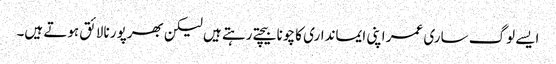
ایسے لوگ ساری عمر اپنی ایمانداری کا چونا بیچتے رہتے ہیں لیکن بھرپور نالائق ہوتے ہیں۔